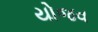
યોજવ